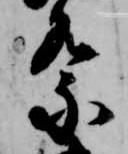
祭